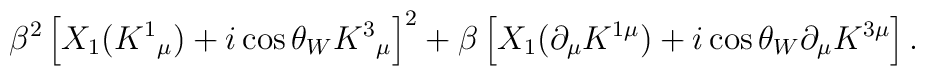
\beta^{2} \left[ X_{1}(K^{1}{}_{\mu})+i\cos{\theta_{W}} K^{3}{}_{\mu } \right]^2 +\beta \left[ X_{1}(\partial _{\mu }K^{1 \mu})+i\cos{\theta_{W}} \partial _{\mu}K^{3\mu} \right].